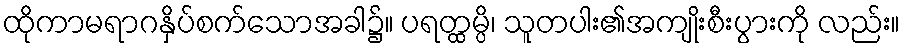
ထိုကာမရာဂနှိပ်စက်သောအခါ၌။ ပရတ္ထမ္ပိ၊ သူတပါး၏အကျိုးစီးပွားကို လည်း။